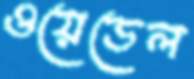
ওয়েডেল